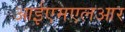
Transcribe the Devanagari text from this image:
आईएमएलआर